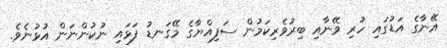
އޭނާގެ އަޑުގައި ހުރި ވޭނާއި ބިރުވެރިކަމުން ސަފިއްޔާގެ މޭގަނޑު ފަޅައި ނުކުންނަން އުޅުނެވެ.